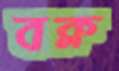
বক্ল